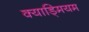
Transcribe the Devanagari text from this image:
क्याड्मियम